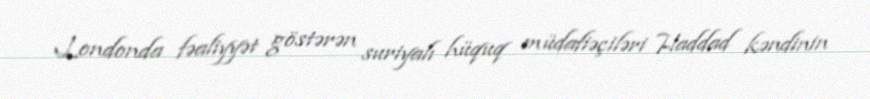
Londonda fəaliyyət göstərən suriyalı hüquq müdafiəçiləri Haddad kəndinin